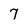
Character: 7